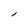
Character: l